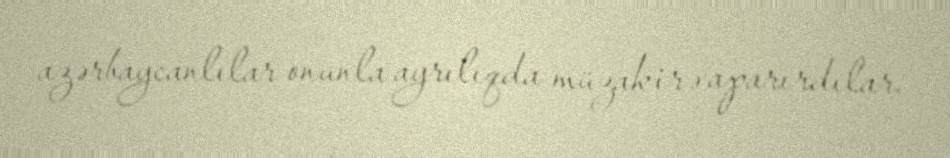
azərbaycanlılar onunla ayrılıqda müzakirə aparırdılar.